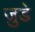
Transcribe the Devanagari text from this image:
जु़डे